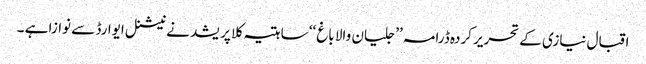
اقبال نیازی کے تحریر کردہ ڈرامہ ’’ جلیان والا باغ ‘‘ ساہتیہ کلا پریشد نے نیشنل ایوارڈ سے نوازا ہے ۔